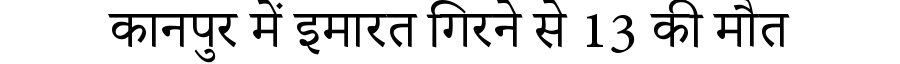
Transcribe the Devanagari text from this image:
कानपुर में इमारत गिरने से 13 की मौत